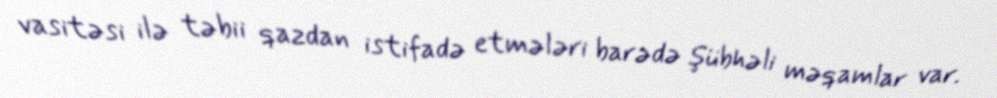
vasitəsi ilə təbii qazdan istifadə etmələri barədə şübhəli məqamlar var.